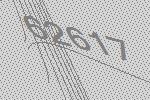
62617